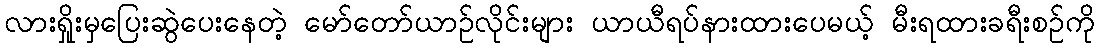
လားရှိုးမှပြေးဆွဲပေးနေတဲ့ မော်တော်ယာဉ်လိုင်းများ ယာယီရပ်နားထားပေမယ့် မီးရထားခရီးစဉ်ကို